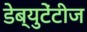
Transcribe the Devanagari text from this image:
डेब्युटेंटीज